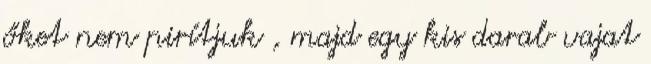
őket nem pirítjuk , majd egy kis darab vajat